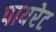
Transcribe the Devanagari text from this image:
पायरेट